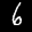
Label: 6